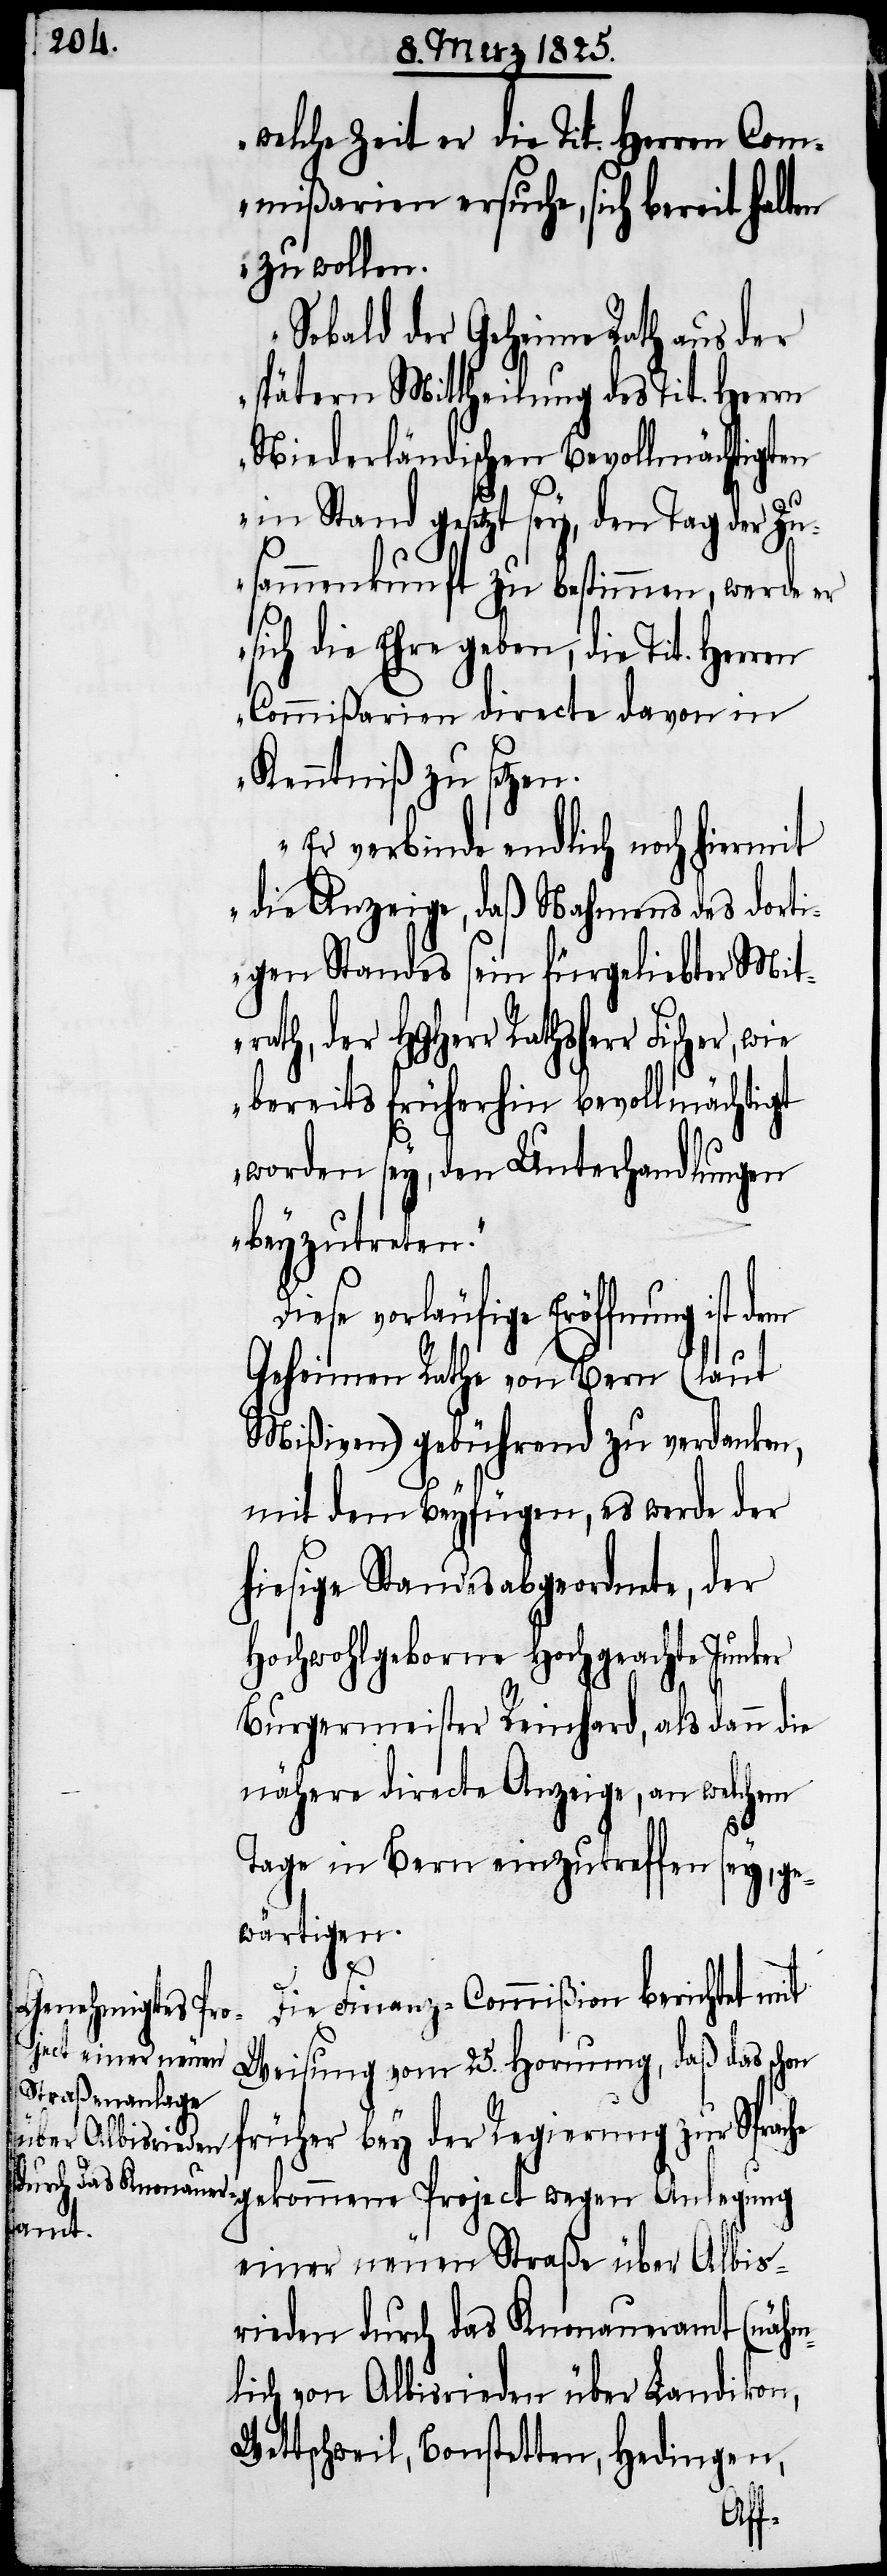
welche Zeit er die Tit. Herren Com¬
mißarien ersuche, sich bereit halt¬
zu wollen.
Sobald der Geheime Rath aus der
spätern Mittheilung des Tit. Herrn
Niederländischen Bevollmächtigten
in Stand gesetzt sey, den Tag der Zu¬
sammenkunft zu bestimmen, werde er
sich die Ehre geben, die Tit. Herren
Commißarien directe davon in
Kenntniß zu setzen.
Er verbinde endlich noch hiermit
die Anzeige, daß Nahmens des dorti¬
gen Standes sein fürgeliebter Mit¬
rath, der HGHerr Rathsherr Fischer,
bereits früherhin bevollmächtigt
worden sey, den Unterhandlungen
beyzutreten.
iese vorläufige Eröffnung ist
Geheimen Rathe von Bern (laut
Mißiven) gebührend zu verdanken,
mit dem Beyfügen, es werde der
hiesige Standesabgeordnete, der
Hochwohlgeborne Hochgeachte Junker
Burgermeister Reinhard, als dann die
nähere directe Anzeige, an welchem
Tage in Bern einzutreffen sey,
ge¬
wärtigen.
D¬
Die Finanz-Commißion berichtet mit
Weisung vom 25. Hornung, daß das schon
früher bey der Regierung zur Sprache
gekommene Project wegen Anlegung
einer neuen Straße über Albis¬
rieden durch das Knonaueramt (nähm¬
lich von Albisrieden über Landikon,
Wettschweil, Bonstetten, Hedingen,